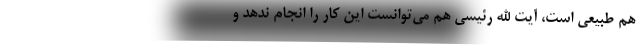
هم طبیعی است، آیت الله رئیسی هم می‌توانست این کار را انجام ندهد و